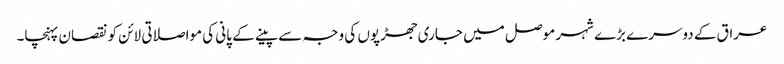
عراق کے دوسرے بڑے شہر موصل میں جاری جھڑپوں کی وجہ سے پینے کے پانی کی مواصلاتی لائن کو نقصان پہنچا۔